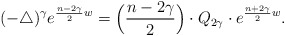
\begin{align*}(-\triangle)^{\gamma}e^{\frac{n-2\gamma}{2}w}=\Big(\frac{n-2\gamma}{2}\Big)\cdot Q_{2\gamma}\cdot e^{\frac{n+2\gamma}{2}w}.\end{align*}